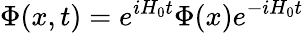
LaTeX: \Phi(x,t)=e^{iH_{0}t}\Phi(x)e^{-iH_{0}t}